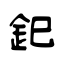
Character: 釲